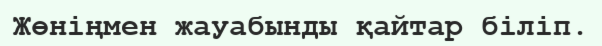
Жөніңмен жауабынды қайтар біліп.